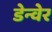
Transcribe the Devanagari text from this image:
डेन्वेर